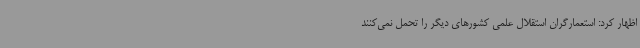
اظهار کرد: استعمارگران استقلال علمی کشورهای دیگر را تحمل نمی‌کنند